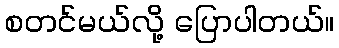
စတင်မယ်လို့ ပြောပါတယ်။